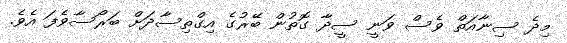
މިދެ ސިނާއަތް ވެސް ވަނީ ސީދާ ގޮތުން ބޭރުގެ އިގްތިސާދަށް ބަރޯސާވެފަ އެވެ.